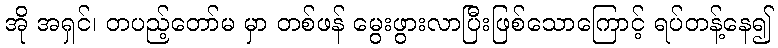
အို အရှင်၊ တပည့်တော်မ မှာ တစ်ဖန် မွေးဖွားလာပြီးဖြစ်သောကြောင့် ရပ်တန့်နေ၍